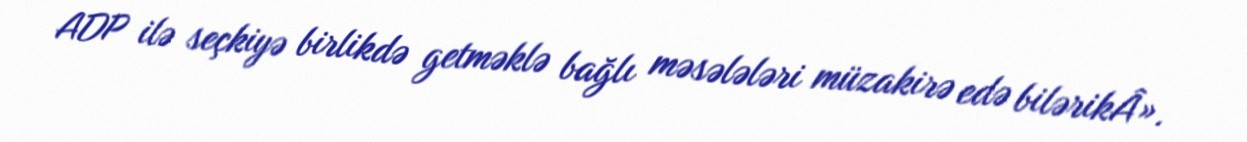
ADP ilə seçkiyə birlikdə getməklə bağlı məsələləri müzakirə edə bilərikÂ».